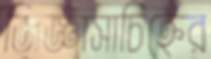
জিজ্ঞাসাচিহ্নের